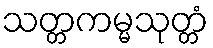
သတ္တကမ္မသုတ္တံ